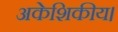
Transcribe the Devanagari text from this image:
अकेशिकीय।